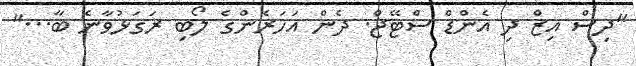
"ދިސް އިޒް ދި އެންޑް ސްޓޭޖް. ދެން އަހަރެންގެ ލޯބި ރަގަޅުވާނެ ބާ..."